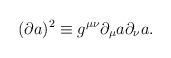
LaTeX: \begin{align*}(\partial a )^{2} \equiv g^{\mu \nu} \partial_\mu a \partial_\nu a .\end{align*}